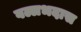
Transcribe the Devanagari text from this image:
वल्लभदास